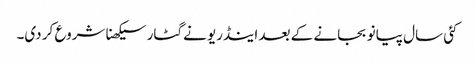
کئی سال پیانو بجانے کے بعد اینڈریو نے گٹار سیکھنا شروع کر دی۔